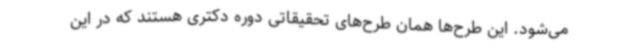
می‌شود. این طرح‌ها همان طرح‌های تحقیقاتی دوره دکتری هستند که در این